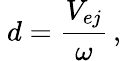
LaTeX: \ d={\frac{V_{ej}}{\omega}}\, ,